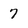
Character: 7